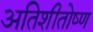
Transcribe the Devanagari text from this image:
अतिशीतोष्ण